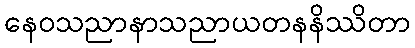
နေဝသညာနာသညာယတနနိဿိတာ